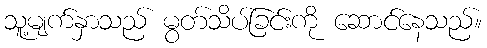
သူ့မျက်နှာသည် မွတ်သိပ်ခြင်းကို ဆောင်နေသည်။